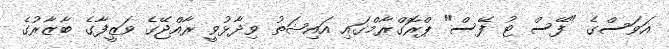
އަވަސްގެ "ފޭސް ޓު ފޭސް" ޕްރޮގްރާމްގައި އައިޝަތު ވިދާޅުވީ ރާއްޖޭގެ ވަޒީފާގެ ބާޒާރުގެ